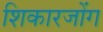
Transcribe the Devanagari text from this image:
शिकारजोंग